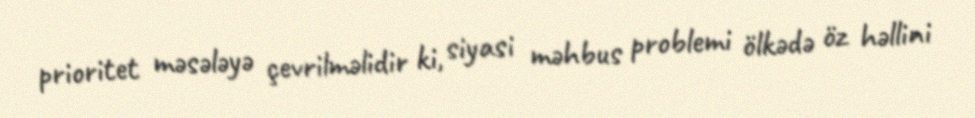
prioritet məsələyə çevrilməlidir ki, siyasi məhbus problemi ölkədə öz həllini